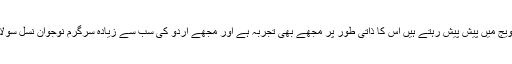
ڈاکٹر ظہیر قاضی نے کہا کہ جس خوش دلی اور سنجیدگی سے اہلیان سولاپور اردو کی ترقی وترویج میں پیش پیش رہتے ہیں اس کا ذاتی طور پر مجھے بھی تجربہ ہے اور مجھے اردو کی سب سے زیادہ سرگرم نوجوان نسل سولاپور میں دکھائی دیتی ہے اس لیے میں سولاپور کو اردو کی زرخیز زمین سے یاد کرنا چاہوں گا۔